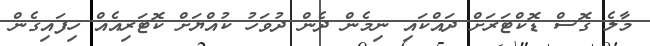
މާލެ ގޮސް ޑޮކްޓަރަށް ދައްކައި ނިމެން ދެން ދުވަހު ކުއްޔަށް ކޮޓަރިއެއް ހިފައިގެން